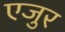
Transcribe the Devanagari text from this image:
एजुर